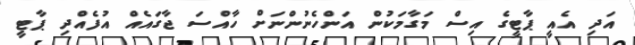
އަދި އެއީ ޕާޓީގެ އިސް މަގާމަކުން އަންހެނުންނަށް ހާއްސަ ޖާގައެއް އުފެއްދި ޕާޓީ